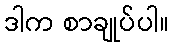
ဒါက စာချုပ်ပါ။